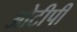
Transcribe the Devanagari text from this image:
ओटीपी